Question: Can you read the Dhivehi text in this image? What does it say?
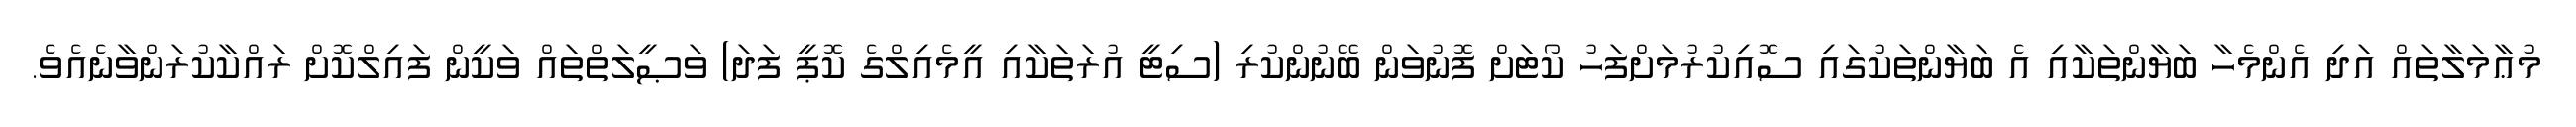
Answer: މުޢާމަލާތައް އަދި އެންމެހާ ބަޔާންތަކާއި އެ ބަޔާންތަކުގައި ސޮއިކުރުމަށްފަހު ކޯޓަށް ފޮނުވަން ބޭނުންކުރި (ސިޓީ އުރަތަކާއި އީމެއިލްގެ ކޮޕީ ފަދަ) ވަޞީލަތްތައް ވަކީން ފައިލްކޮށް ރައްކާކުރަންވާނެއެވެ.